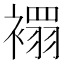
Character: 𧝁